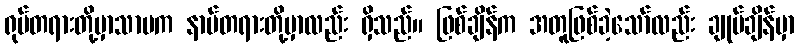
ရုပ်တရားတို့မှာသာမက နာမ်တရားတို့မှာလည်း ရှိသည်။ ဖြစ်ချိန်က အတူဖြစ်ခဲ့သော်လည်း ချုပ်ချိန်မှာ